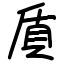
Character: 貭